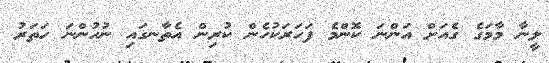
ލީނާ މާމަގެ ގެއަށް އަންނަ ކޮންމެ ފަހަރަކުހެން ކުރިން އެތާނގައި ނުހުންނަ ހަތަރު